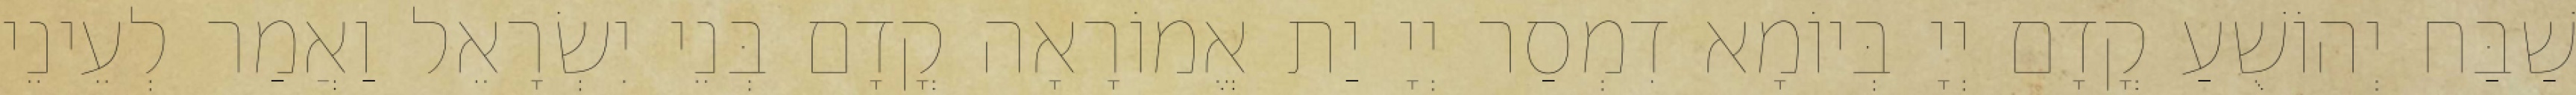
שַׁבַּח יְהוֹשֻׁעַ קֳדָם יְיָ בְּיוֹמָא דִמְסַר יְיָ יַת אֱמוֹרָאָה קֳדָם בְּנֵי יִשְׂרָאֵל וַאֲמַר לְעֵינֵי